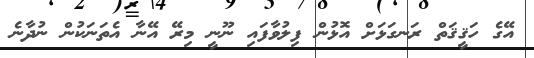
އޭގެ ހަޤީޤަތް ރަނގަޅަށް އޮޅުން ފިލުވާފައި ނޫނީ މިރޭ އޭނާ އެތަނަކުން ނުދާނެ